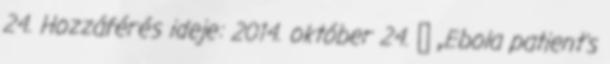
24. Hozzáférés ideje: 2014. október 24. ↑ „Ebola patient's